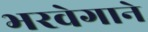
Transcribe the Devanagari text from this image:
भरवेगाने